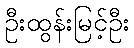
ဦးထွန်းမြင့်ဦး